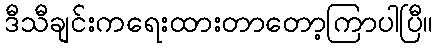
ဒီသီချင်းကရေးထားတာတော့ကြာပါပြီ။